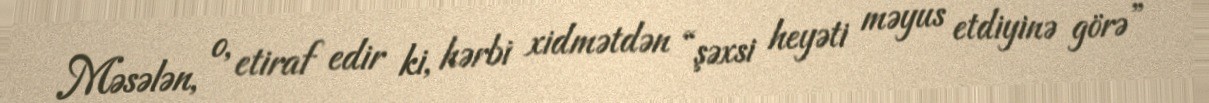
Məsələn, o, etiraf edir ki, hərbi xidmətdən “şəxsi heyəti məyus etdiyinə görə”